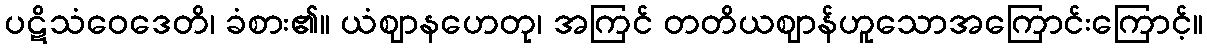
ပဋိသံဝေဒေတိ၊ ခံစား၏။ ယံဈာနဟေတု၊ အကြင် တတိယဈာန်ဟူသောအကြောင်းကြောင့်။